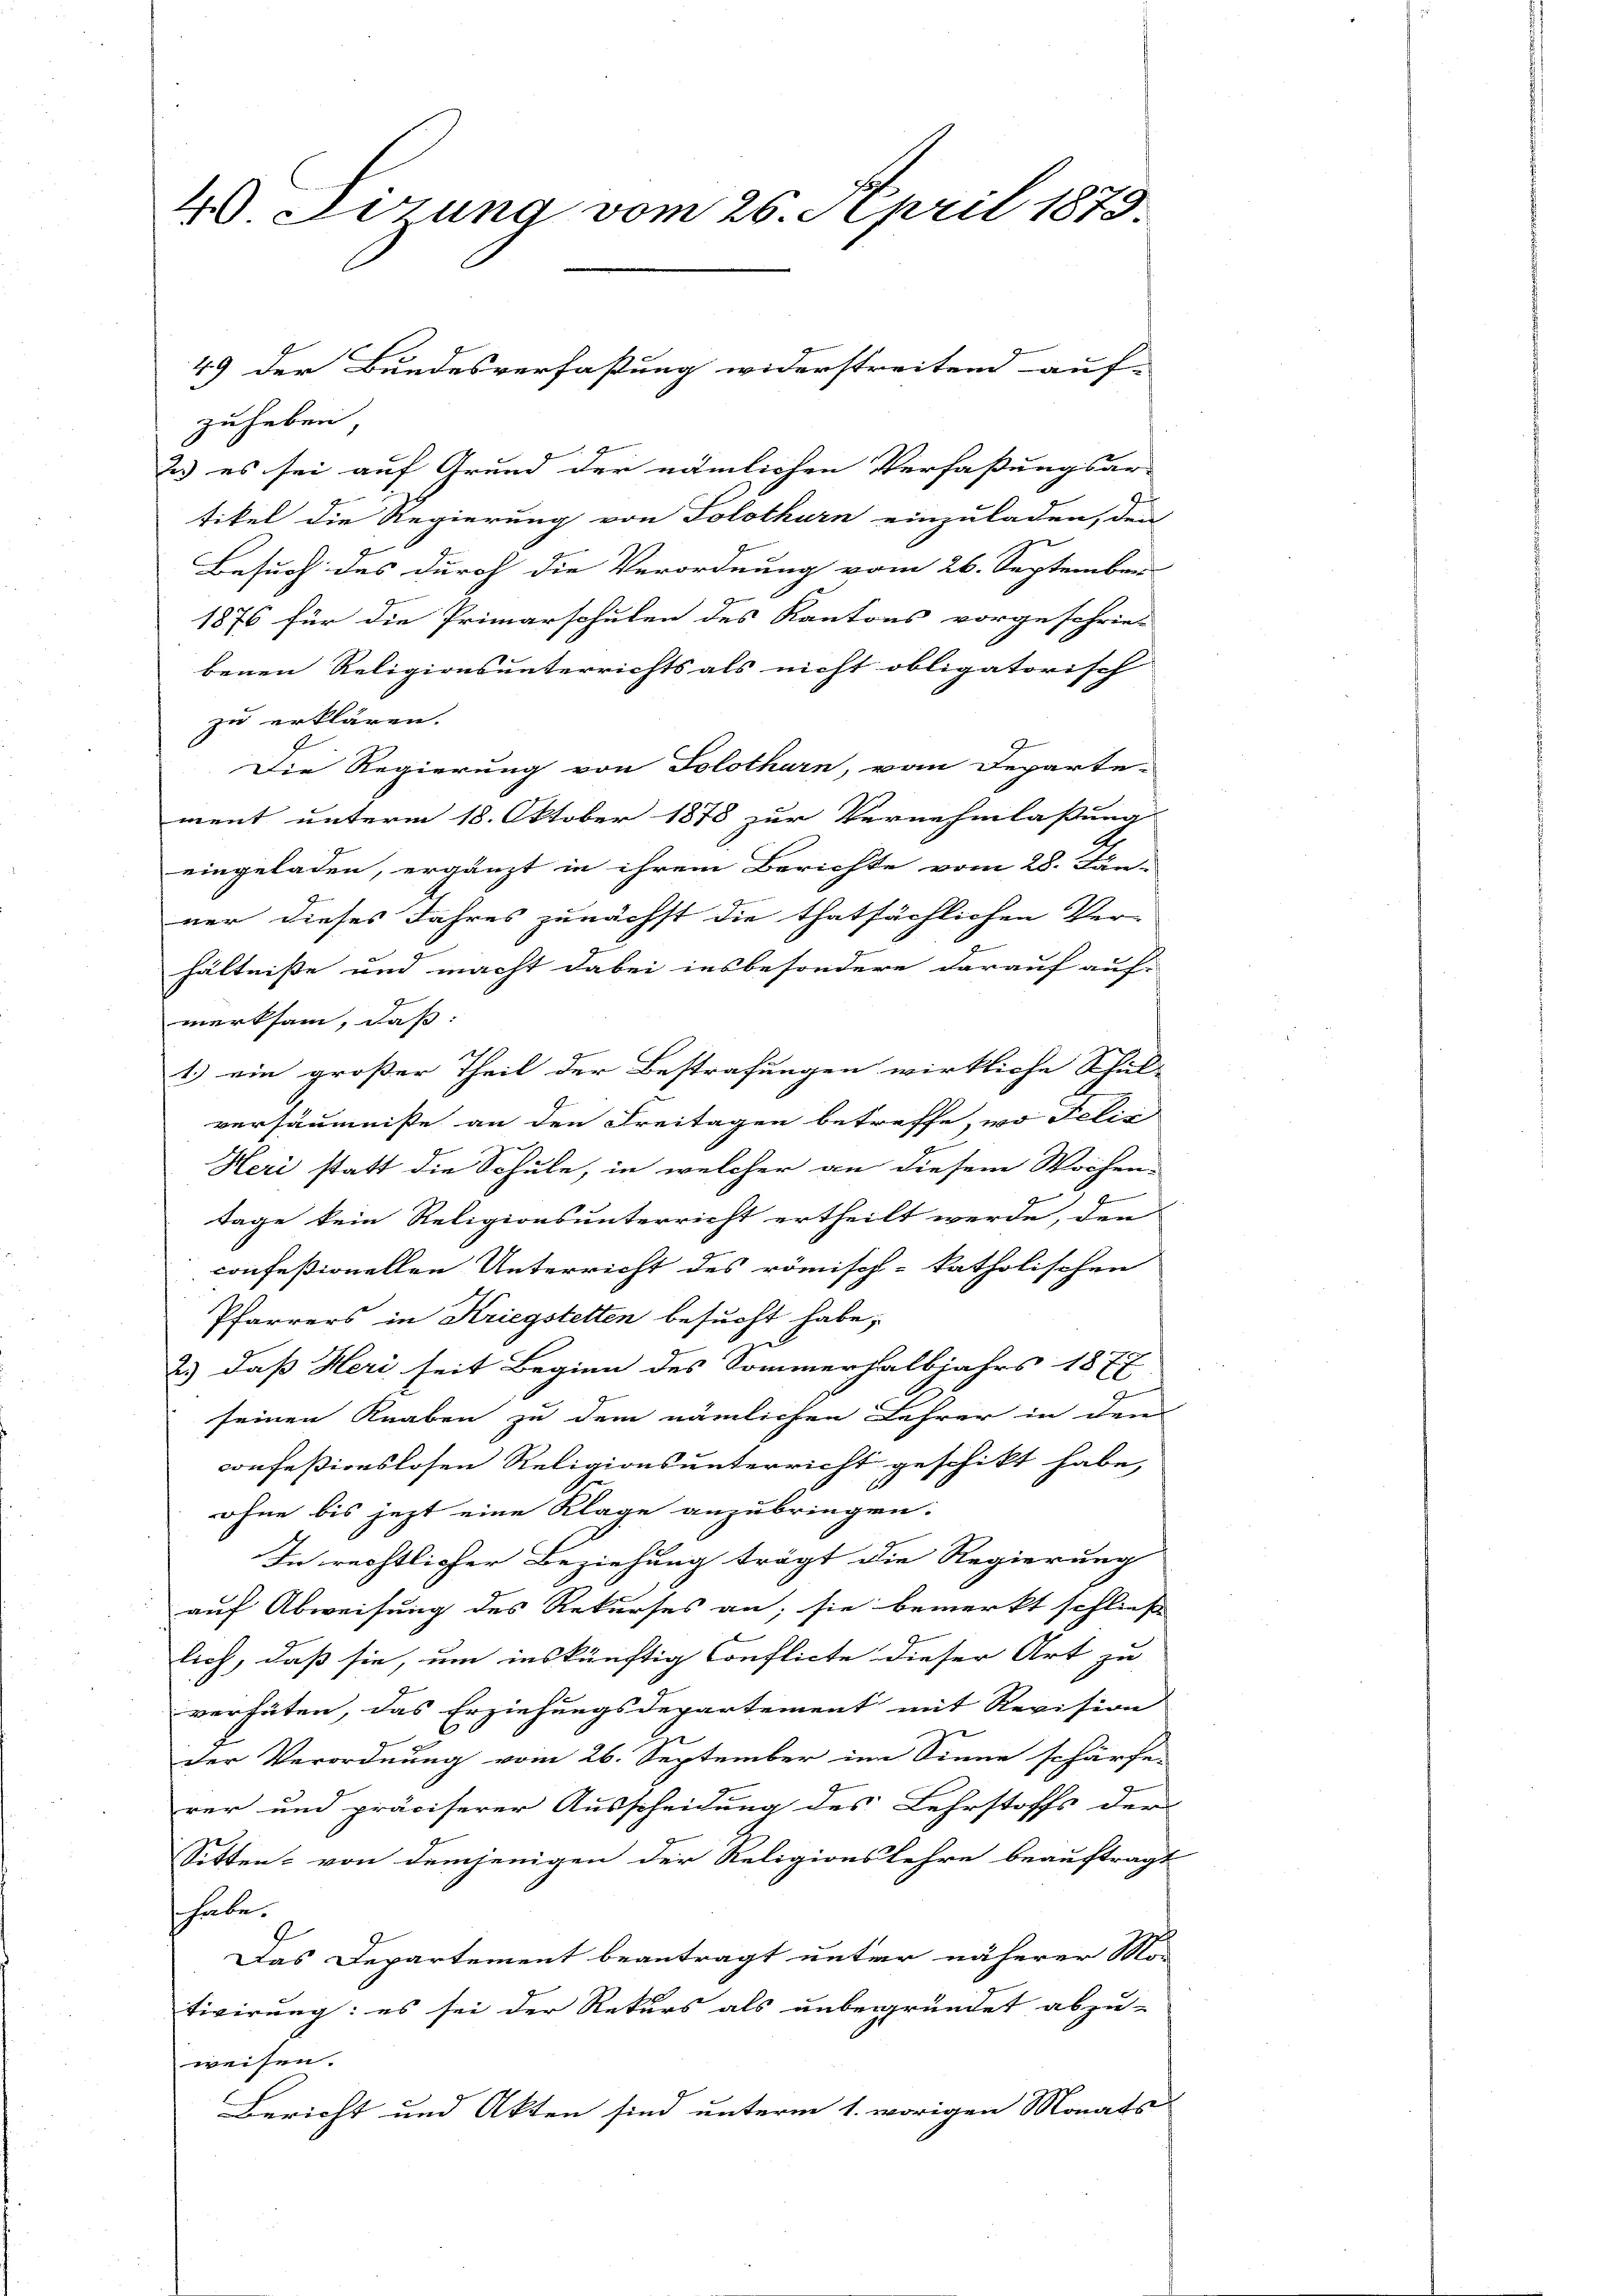
4 errung vom 26. April 1879

zuheben
2) es sei auf Grund der nämlichen Verfaßungsar-
tikel die Regierung von Solothurn einzuladen, den
Besuch des durch die Verordnung vom 26. September
1876 für die Primarschulen des Kantons vorgeschrieb
benen Religionsunterrichts als nicht obligatorisch
zu erklären.
Die Regierung von Solothurn, von Departe-
ment unterm 18. Oktober 1878 zur Vernehmlassung
eingeladen, ergänzt in ihrem Berichte vom 28. Jän-
ner dieses Jahres zunächst die thatsächlichen Ver-
hältnisse und macht dabei insbesondere darauf auf-
merksam, daß:
1.) ein großer Theil der Bestrafungen wirkliche Schul-
versäumnisse an den Freitagen betreffe, wo Felić
Heri statt die Schule, in welcher an diesem Wochen-
E
Tage kein Religionsunterricht ertheilt werde, den
confeßionellen Unterricht des römisch-katholischen
Pfarrers in Kriegstetten besucht habe,
2) daß Heri seit Beginn des Sommerhalbjahrs 1877
seinen Knaben zu dem nämlichen Lehrer in dem
confessionslosen Religionsunterricht geschikt habe,
1
ohne bis jetzt eine Klage anzubringen.
In rechtlicher Beziehung trägt die Regierung
auf Abweisung des Rekurses an; sie bemerkt schließ
lich, daß sie, um inskünftig Conflicte dieser Art zu
verhüten, das Erziehungsdepartement mit Revision |
der Verordnung vom 26. September im Sinne schärfe.
rer und präciserer Ausscheidung des Lehrstoffs der
Sitten - von demjenigen der Religionslehre beauftragt
habe.
Das Departement beantragt unter näherer Mo-
tivirung: es sei der Rekurs als unbegründet abzu-
weisen.
Bericht und Akten sind unterm 1. vorigen Monats-

49 der Bundesverfaßung widerstreitend auf-